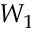
W _ { 1 }